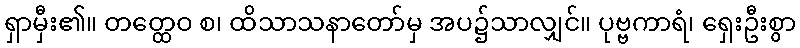
ရှာမှီး၏။ တတ္ထေဝ စ၊ ထိသာသနာတော်မှ အပ၌သာလျှင်။ ပုဗ္ဗကာရံ၊ ရှေးဦးစွာ